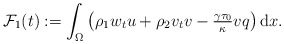
\begin{align*}\mathcal{F}_{1}(t) :=\int_{\Omega} \left(\rho_{1} w_{t} u + \rho_{2} v_{t} v - \tfrac{\gamma \tau_{0}}{\kappa} v q\right) \mathrm{d} x. \end{align*}